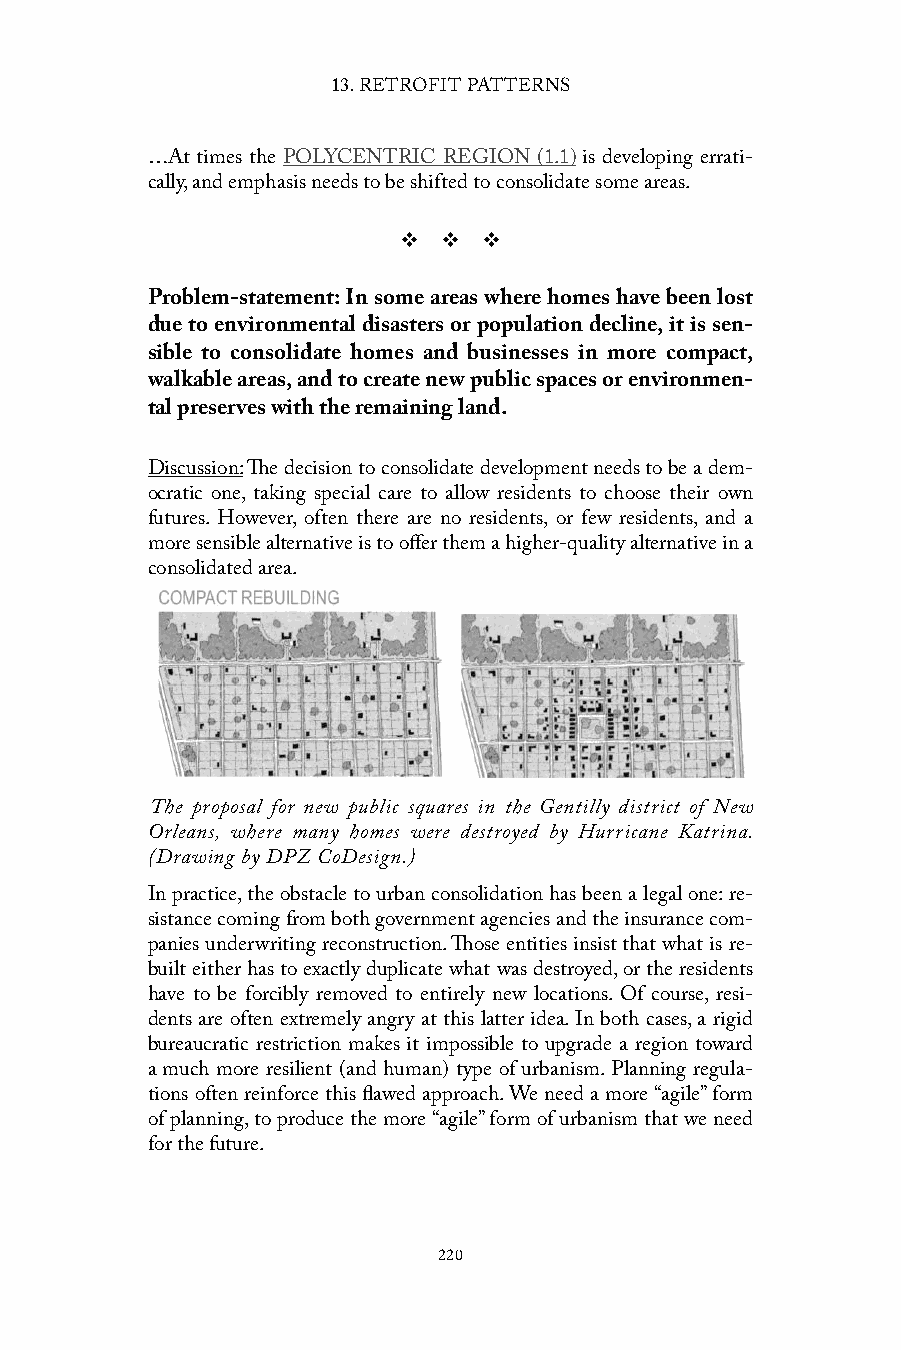
13. RETROFIT PATTERNS
 …At times the POLYCENTRIC REGION (1.1) is developing errati-
 cally, and emphasis needs to be shifted to consolidate some areas.
 v  v  v
 Problem-statement: In some areas where homes have been lost
 due to environmental disasters or population decline, it is sen-
 sible to consolidate homes and businesses in more compact,
 walkable areas, and to create new public spaces or environmen-
 tal preserves with the remaining land.
 Discussion: The decision to consolidate development needs to be a dem-
 ocratic one, taking special care to allow residents to choose their own
 futures. However, often there are no residents, or few residents, and a
 more sensible alternative is to offer them a higher-quality alternative in a
 consolidated area.
 The proposal for new public squares in the Gentilly district of New
 Orleans, where many homes were destroyed by Hurricane Katrina.
 (Drawing by DPZ CoDesign.)
 In practice, the obstacle to urban consolidation has been a legal one: re-
 sistance coming from both government agencies and the insurance com-
 panies underwriting reconstruction. Those entities insist that what is re-
 built either has to exactly duplicate what was destroyed, or the residents
 have to be forcibly removed to entirely new locations. Of course, resi-
 dents are often extremely angry at this latter idea. In both cases, a rigid
 bureaucratic restriction makes it impossible to upgrade a region toward
 a much more resilient (and human) type of urbanism. Planning regula-
 tions often reinforce this flawed approach. We need a more “agile” form
 of planning, to produce the more “agile” form of urbanism that we need
 for the future.
 220